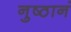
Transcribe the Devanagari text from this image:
नुष्ठानं